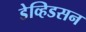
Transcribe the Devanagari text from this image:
डेव्हिडसन